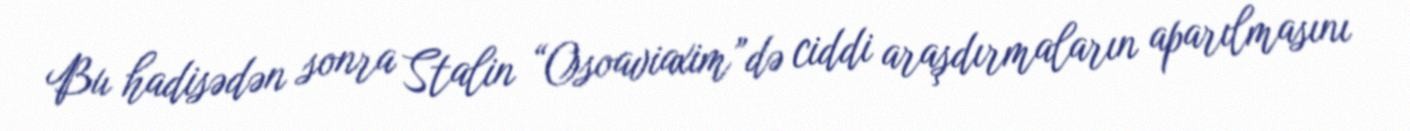
Bu hadisədən sonra Stalin “Osoaviaxim”də ciddi araşdırmaların aparılmasını